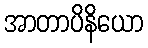
အာတာပိနိယော